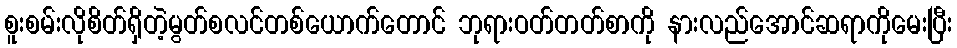
စူးစမ်းလိုစိတ်ရှိတဲ့မွတ်စလင်တစ်ယောက်တောင် ဘုရားဝတ်တတ်စာကို နားလည်အောင်ဆရာကိုမေးပြီး